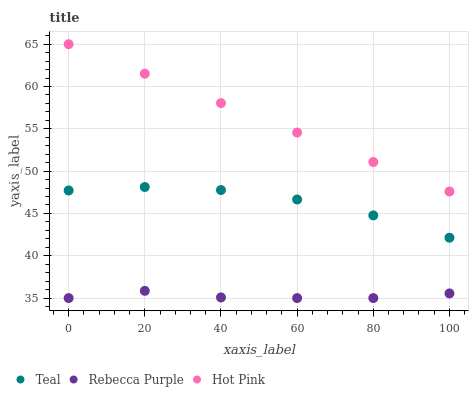
| xaxis_label | Teal | Rebecca Purple | Hot Pink |
 | --- | --- | --- | --- |
 | 0 | 47.7 | 35 | 65 |
 | 20 | 48.1 | 35.9 | 61.5 |
 | 40 | 47.8 | 35.1 | 58 |
 | 60 | 46.6 | 35 | 54.6 |
 | 80 | 44.8 | 35 | 51.1 |
 | 100 | 42.1 | 35.5 | 47.6 |